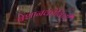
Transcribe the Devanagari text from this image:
बेशानकोविची